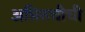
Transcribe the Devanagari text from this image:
अभिरुचीची